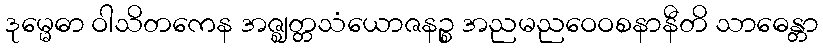
ဒုမ္မေဓာ ဝါသိတကေန အဇ္ဈတ္တသံယောဇနဉ္စ အညမညဝေဝစနာနီတိ သာဓေန္တာ